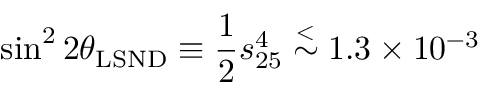
\sin ^ { 2 } 2 \theta _ { \mathrm { L S N D } } \equiv \frac { 1 } { 2 } s _ { 2 5 } ^ { 4 } \stackrel { < } { \sim } 1 . 3 \times 1 0 ^ { - 3 }